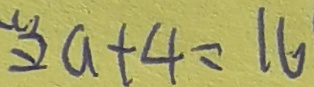
2 a + 4 = 1 6